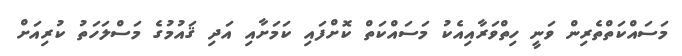
މަސައްކަތްތެރިން ވަނީ ހިތްވަރާއިއެކު މަސައްކަތް ކޮށްފައި ކަމަށާއި އަދި ޤައުމުގެ މަސްލަހަތު ކުރިއަށް